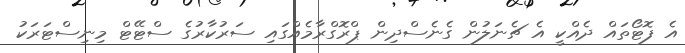
އެ ފޮޓޯތައް ދެއްކީ އެ ޗެނަލުން ގެނެސްދިން ޕްރޮގްރާމެއްގައި ސަރުކާރުގެ ސްޓޭޓް މިނިސްޓަރަކު